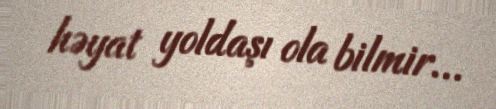
həyat yoldaşı ola bilmir...